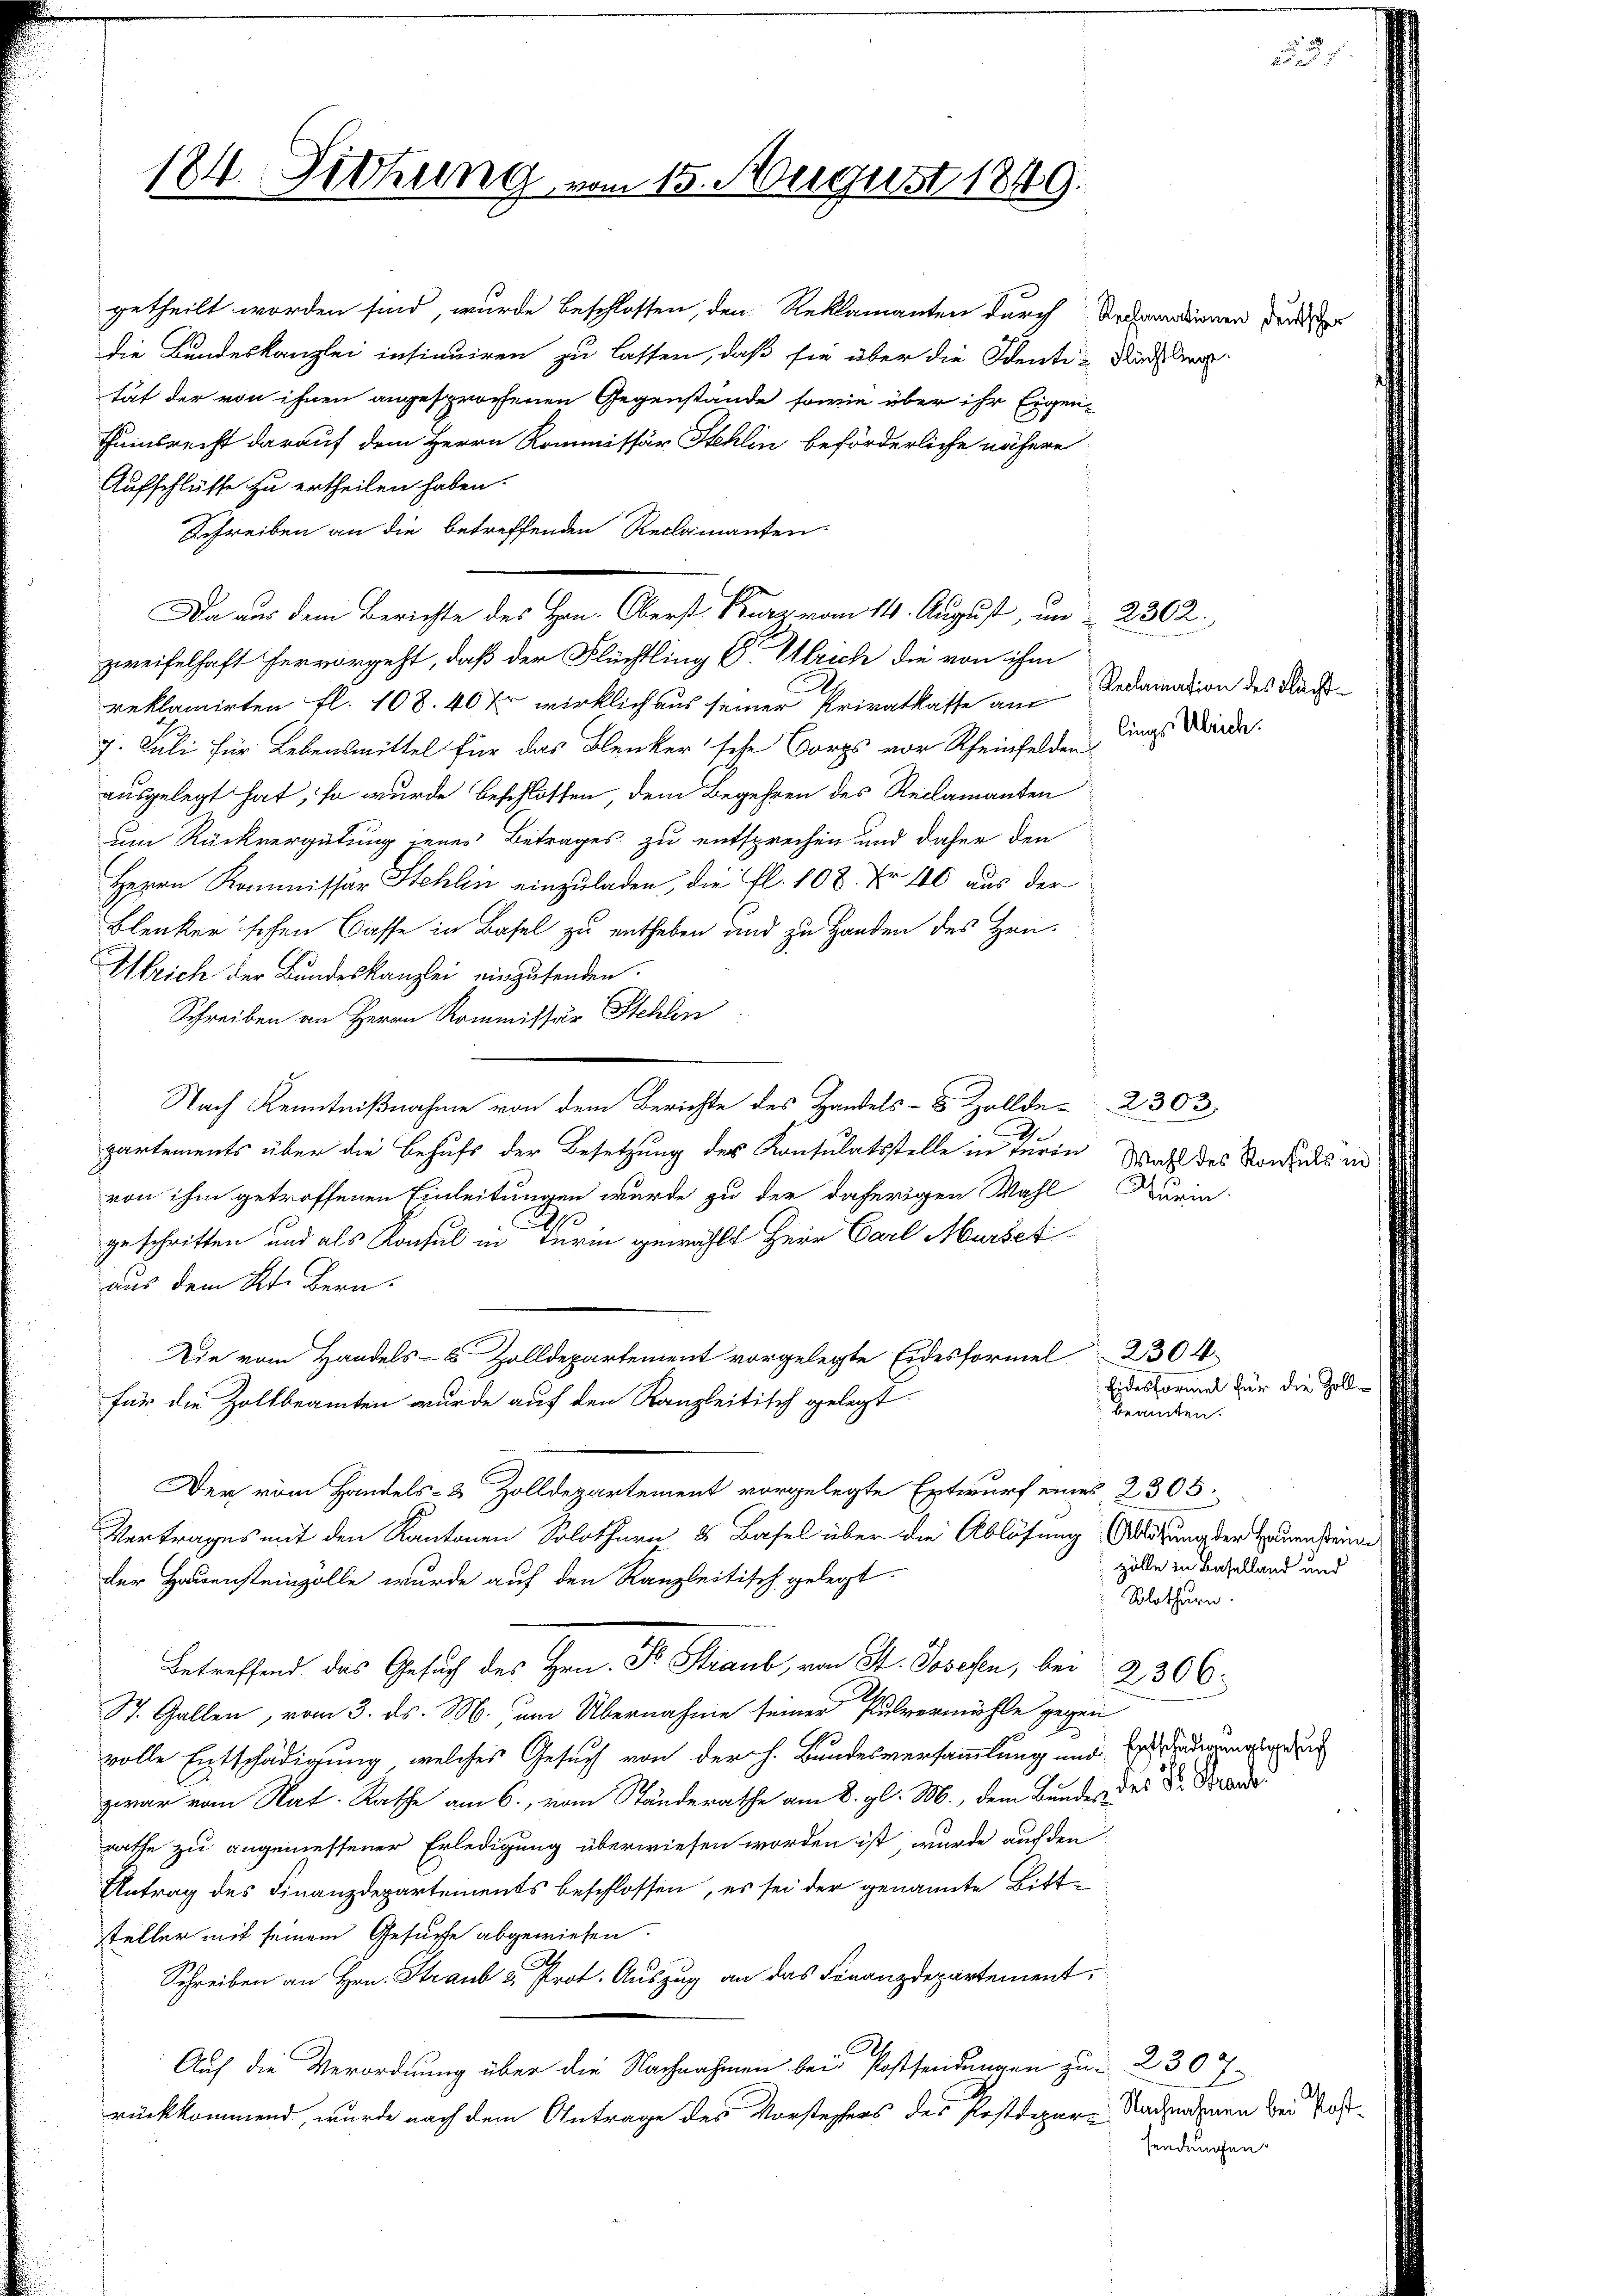
184. Sitzung, in

getheilt worden sind, wurde beschlossen, den Reklamanten durch Anhanndienen der
die Bundeskanzlei insinuiren zu lassen, daß sie über die Identi-Ruch Ang
tät der von ihnen angesprochenen Gegenstände, sowie über ihr Eigen-
Thambrecht darauf dem Herrn Kommissär Stehlin beförderliche nähere
Aufschlüsse zu ertheilen haben.
Schreiben an die betreffenden Reclamanten.
zweifelhaft hervorgeht, daß der Flüchtling Sr. Ulrich die von ihm
reklamirten fl. 108. 40 Xr wirklich aus seiner Privatkatte am Redamnation des Nach¬
7. Juli für Lebensmittel für das Blenker'sche Corps vor Rheinfelden
ausgelegt hat, so wurde beschlossen, dem Begehren des Reclamanten
um Rückvergütung jenes Betrages zu entsprechen und daher den
Herrn Kommissär Stehlen einzuladen, die fl. 108. Fr. 40 aus der
Blenker'schen Casse in Basel zu entheben und zu Handen des Hrn.
Weich der Bundeskanzlei einzusenden.
Schreiben an Herrn Kommissär Stehlen
Nach Kenntnißnahme von dem Berichte des Handels- & Zollde 2303
partements über die Behufs der Besetzung des Konsulatsstelle in Turin
von ihm getroffenen Einleitungen wurde zu der daherigen Wahl Kuria
2
geschritten und als Konsul in Turin gewählt Herr Carl Mürbet
aus dem Kt. Bern.
Die vom Handels- & Zolldepartement vorgelegte Eidesformel 230 4
für die Zollbeamten wurde auf den Kanzleitisch gelegt.
beamten.
Der vom Handels- & Zolldepartement vorgelegte Entwurf eines 2305.
Vertrages mit den Kantonen Solothurn u. Basel über die Ablösung (Mitung der Bedenken
der Hauensteinzolle wurde auf den Kanzleitisch gelegt.
Solothurn.
Betreffend das Gesuch des Hrn. Dr Straub von St. Josefen, bei
2306.
St. Gallen, vom 3. ds. M. um Übernahme seiner Pulvermühle gegen
volle Entschädigung, welches Gesuch von der h. Bundesversammlung und Erdauerungsge
zwar vom Rat. Rathe am 6., vom Ständerathe am 8. gl. M., dem Bunden des Dr. Brude
rathe zu angemessener Erledigung überwiesen worden ist, wurde auf den
Antrag des Finanzdepartements beschlossen, es sei der genannte Bittteller mit seinem Gesuche abgewiesen.
Schreiben an Hrn. Straub u. Prot. Auszug an das Finanzdepartement
Auf die Verordnung über die Nachnahmen bei Postsendungen zu 230 7
rückkommend, wurde nach dem Antrage des Vorstehers des Postdepar-Nachmanen der Pos

Da aus dem Berichte des Hrn. Oberst kurz vom 14. August, um  2362.

m 15. August 1849.

lings Ulrich.

Wahl des Konsuls

Eidesformel für die Zoll¬

zölle in Baselland und

a

sendungen.